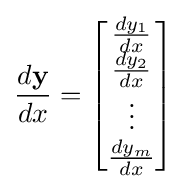
{\frac {d\mathbf {y} }{dx}}={\begin{bmatrix}{\frac {dy_{1}}{dx}}\\{\frac {dy_{2}}{dx}}\\\vdots \\{\frac {dy_{m}}{dx}}\\\end{bmatrix}}